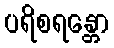
ပရိစရန္တော